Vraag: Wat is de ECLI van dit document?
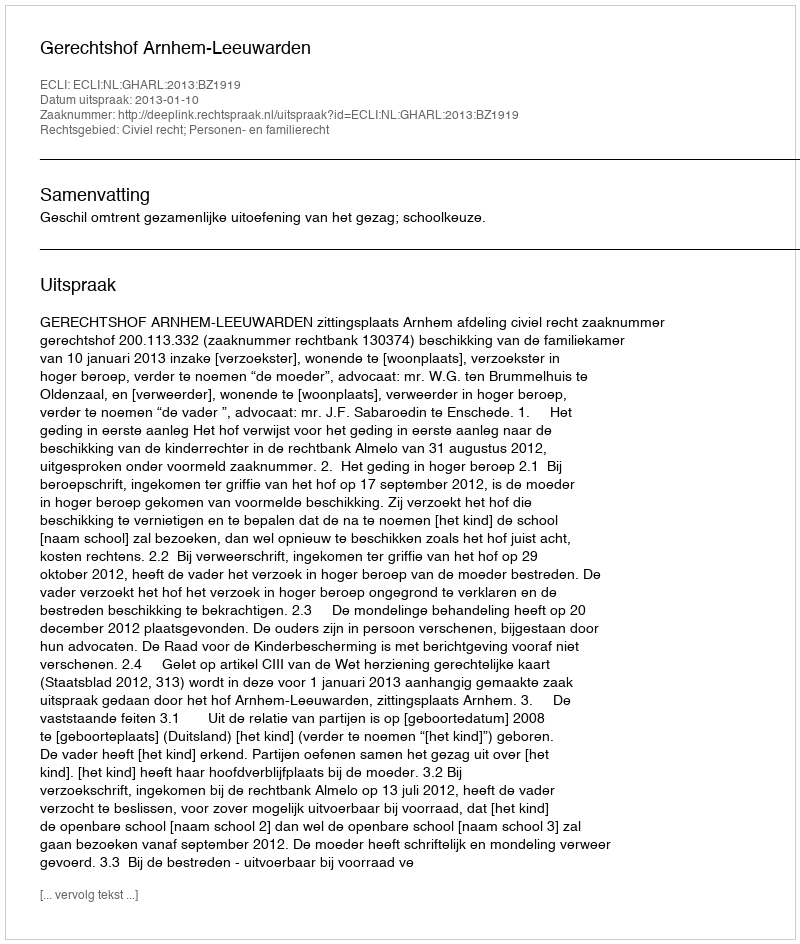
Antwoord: ECLI:NL:GHARL:2013:BZ1919